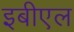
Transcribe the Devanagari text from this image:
इबीएल